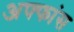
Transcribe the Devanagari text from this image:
अफ्फांस